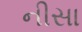
નીસા